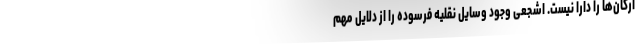
ارگان‌ها را دارا نیست. اشجعی وجود وسایل نقلیه فرسوده را از دلایل مهم